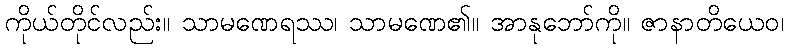
ကိုယ်တိုင်လည်း။ သာမဏေရဿ၊ သာမဏေ၏။ အာနုဘော်ကို။ ဇာနာတိယေဝ၊